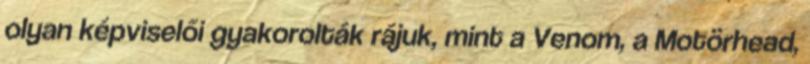
olyan képviselői gyakorolták rájuk, mint a Venom, a Motörhead,